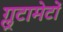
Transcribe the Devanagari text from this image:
ग्लूटामेटों